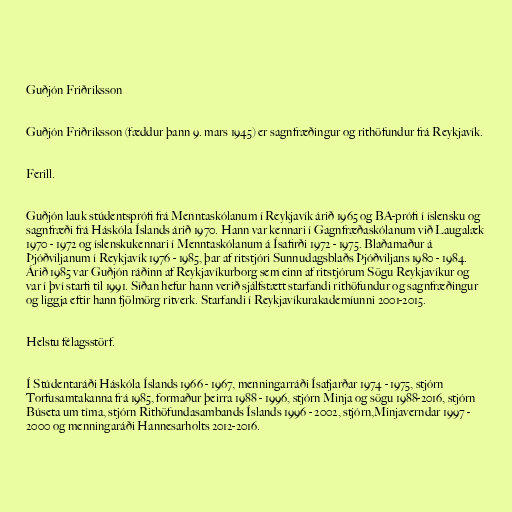
Guðjón Friðriksson

Guðjón Friðriksson (fæddur þann 9. mars 1945) er sagnfræðingur og rithöfundur frá Reykjavík.

Ferill.

Guðjón lauk stúdentsprófi frá Menntaskólanum í Reykjavík árið 1965 og BA-prófi í íslensku og
sagnfræði frá Háskóla Íslands árið 1970. Hann var kennari í Gagnfræðaskólanum við Laugalæk
1970 - 1972 og íslenskukennari í Menntaskólanum á Ísafirði 1972 - 1975. Blaðamaður á
Þjóðviljanum í Reykjavík 1976 - 1985, þar af ritstjóri Sunnudagsblaðs Þjóðviljans 1980 - 1984.
Árið 1985 var Guðjón ráðinn af Reykjavíkurborg sem einn af ritstjórum Sögu Reykjavíkur og
var í því starfi til 1991. Síðan hefur hann verið sjálfstætt starfandi rithöfundur og sagnfræðingur
og liggja eftir hann fjölmörg ritverk. Starfandi í Reykjavíkurakademíunni 2001-2015.

Helstu félagsstörf.

Í Stúdentaráði Háskóla Íslands 1966 - 1967, menningarráði Ísafjarðar 1974 - 1975, stjórn
Torfusamtakanna frá 1985, formaður þeirra 1988 - 1996, stjórn Minja og sögu 1988-2016, stjórn
Búseta um tíma, stjórn Rithöfundasambands Íslands 1996 - 2002, stjórn,Minjaverndar 1997 -
2000 og menningaráði Hannesarholts 2012-2016.